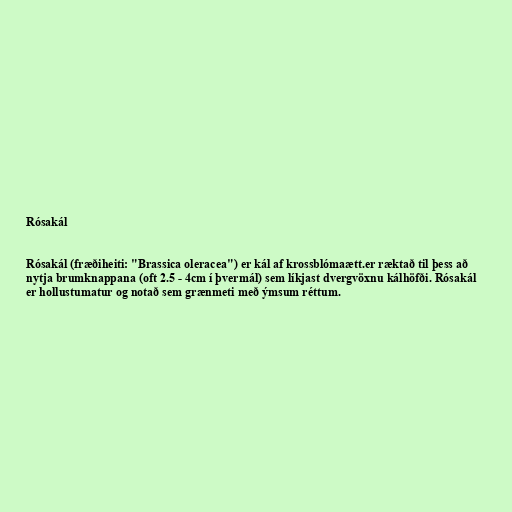
Rósakál

Rósakál (fræðiheiti: "Brassica oleracea") er kál af krossblómaætt.er ræktað til þess að
nytja brumknappana (oft 2.5 - 4cm í þvermál) sem líkjast dvergvöxnu kálhöfði. Rósakál
er hollustumatur og notað sem grænmeti með ýmsum réttum.